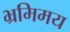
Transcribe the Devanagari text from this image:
भ्रमिमय